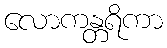
လောကန္တရိကာ